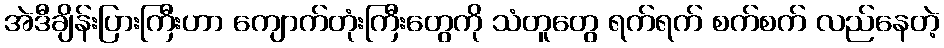
အဲဒီချိန်းပြားကြီးဟာ ကျောက်တုံးကြီးတွေကို သံတူတွေ ရက်ရက် စက်စက် လည်နေတဲ့